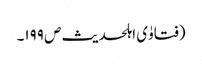
(فتاوٰی اہلحدیث ص ۱۹۹۔